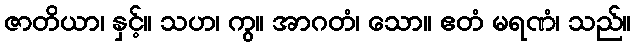
ဇာတိယာ၊ နှင့်။ သဟ၊ ကွ။ အာဂတံ၊ သော။ ဧတံ မရဏံ၊ သည်။